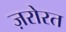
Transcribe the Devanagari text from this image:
ज़रोरत